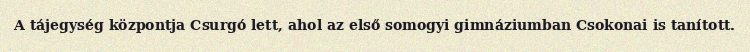
A tájegység központja Csurgó lett, ahol az első somogyi gimnáziumban Csokonai is tanított.